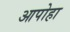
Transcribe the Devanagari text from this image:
आपोहा